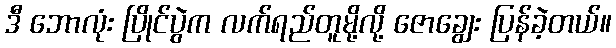
ဒီ ဘောလုံး ပြိုင်ပွဲက လက်ရည်တူမို့လို့ ဇောချွေး ပြန်ခဲ့တယ်။